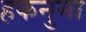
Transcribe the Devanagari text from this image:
हकनुमा